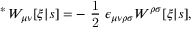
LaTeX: \mathrm { \mathrm { } ~ ^ { * } \! ~ } W _ { \mu \nu } [ \xi | s ] = - \mathrm { \small ~ \frac { 1 } { 2 } ~ } \epsilon _ { \mu \nu \rho \sigma } W ^ { \rho \sigma } [ \xi | s ] ,